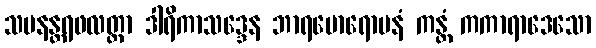
သမနန္တရဖလတ္တာ ဒါရိကာသဒ္ဒေန ဘာရမောရောပနံ ကန္တံ ကကာရာဒေသော